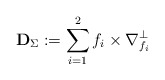
\begin{align*}\mathbf D_\Sigma:=\sum_{i=1}^2f_i\times \nabla_{f_i}^\perp\end{align*}